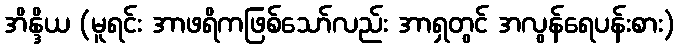
အိန္ဒိယ (မူရင်း အာဖရိကဖြစ်သော်လည်း အာရှတွင် အလွန်ရေပန်းစား)